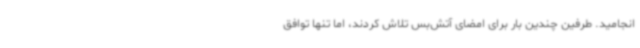
انجامید. طرفین چندین بار برای امضای آتش‌بس تلاش کردند، اما تنها توافق